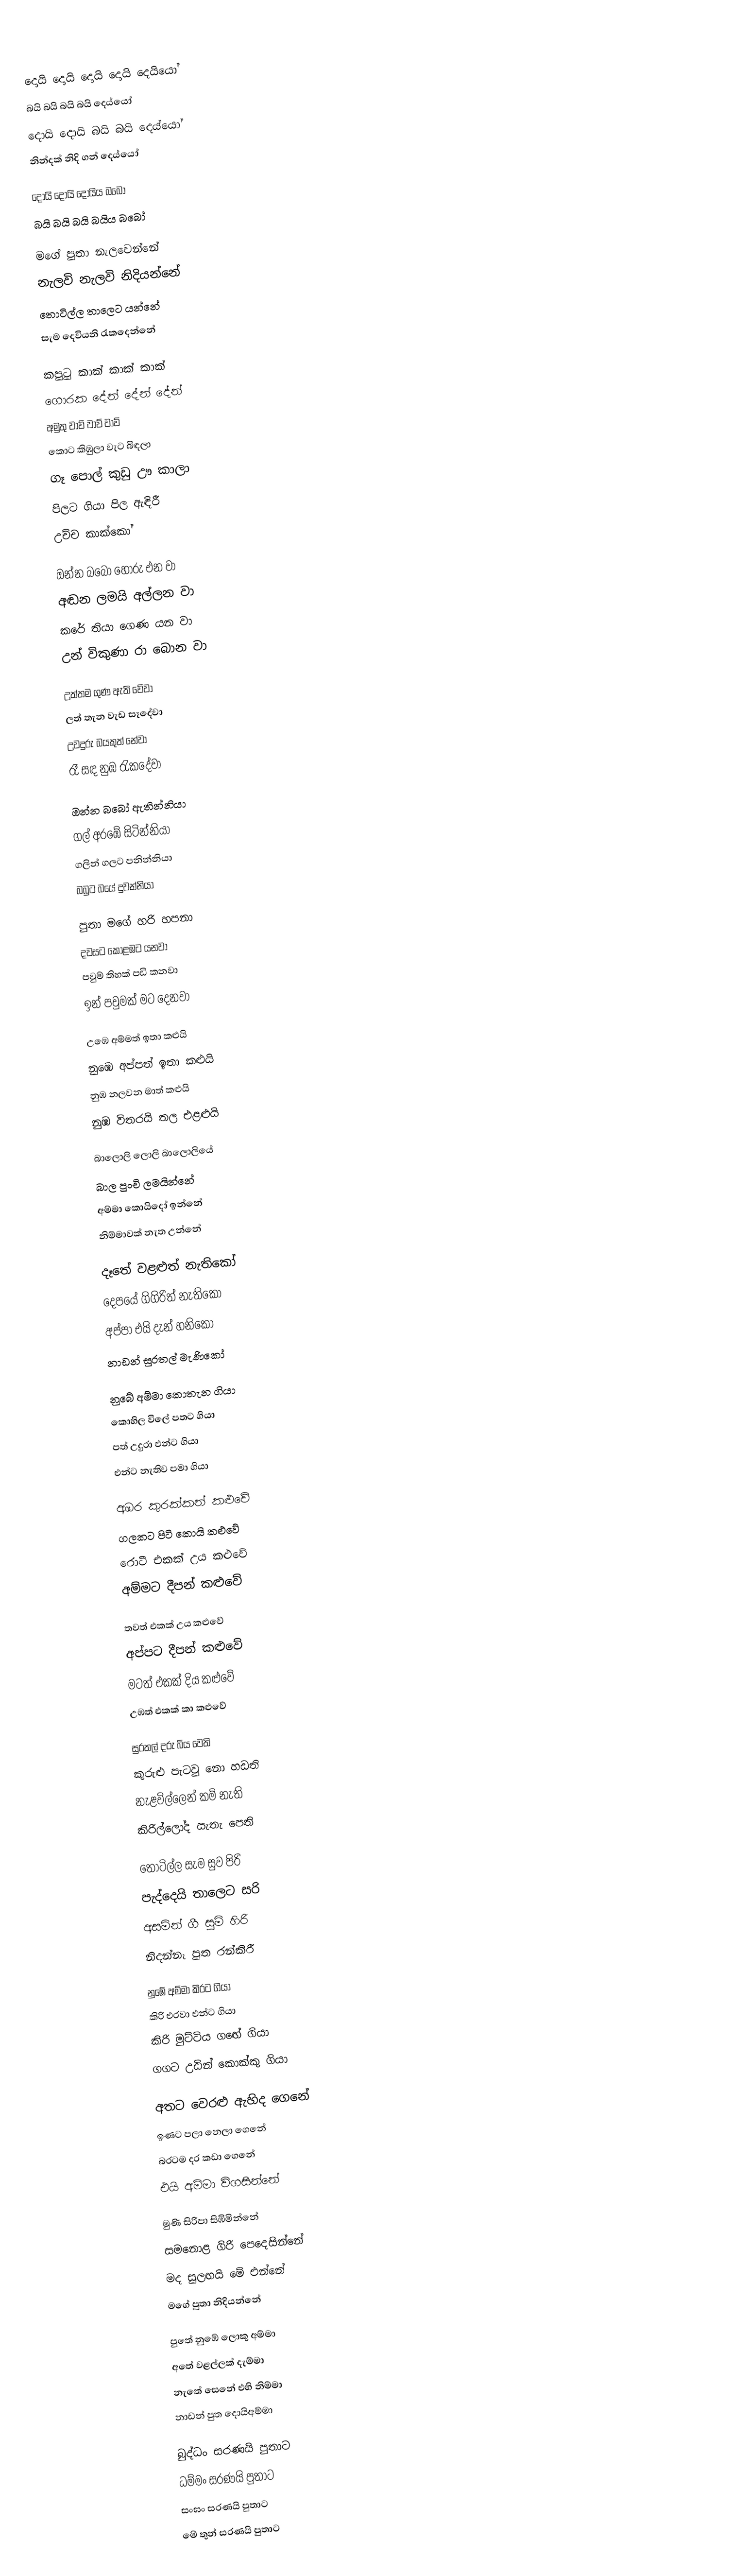
දොයි දොයි දොයි දොයි දෙයියෝ
බයි බයි බයි බයි දෙය්යෝ
දොයි දොයි බයි බයි දෙය්යෝ
නින්දක්‌ නිදි ගන් දෙය්යෝ

දොයි දොයි දොයිය බබෝ
බයි බයි බයි බයිය බබෝ

මගේ පුතා නැලවෙන්නේ
නැලවි නැලවි නිදියන්නේ
තොටිල්ල තාලෙට යන්නේ
සැම දෙවියනි රැකදෙන්නේ

කපුටු කාක් කාක් කාක්
ගොරක දේන් දේන් දේන්
අමුතු වාව් වාව් වාව්
කොට කිඹුලා වැට බිඳලා
ගෑ පොල් කුඩු ඌ කාලා
පිලට ගියා පිල ඇඳිරී
උච්ච කාක්කෝ

ඔන්න බබෝ හොරු එන     වා
අඬන ලමයි අල්ලන      වා
කරේ තියා ගෙණ යන     වා
උන්  විකුණා රා බොන   වා

උත්තම ගුණ ඇති වේවා
ලත් තැන වැඩ සෑදේවා
උවදුරු බයකුත් නේවා
රෑ සඳ නුඹ රැකදේවා

ඔන්න බබෝ ඇතින්නියා
ගල් අරඹේ සිටින්නියා
ගලින් ගලට පනින්නියා
බබුට බයේ දුවන්නියා

පුතා මගේ හරි හපනා
දවසට කොළඹට යනවා
පවුම් තිහක්‌ පඩි කනවා
ඉන් පවුමක්‌ මට දෙනවා

උඹෙ අම්මත් ඉතා කළුයි
නුඹෙ අප්පත් ඉතා කළුයි
නුඹ නලවන මාත් කළුයි
නුඹ විතරයි තල එළළුයි

බාලොලි ලොලි බාලොලියේ
බාල පුංචි ලමයින්නේ
අම්මා කොයිදෝ ඉන්නේ
නිම්මාවක් නැත උන්නේ

දෑතේ වළළුත්  නැතිකෝ
දෙපයේ ගිගිරිත්   නැතිකෝ
අප්පා එයි දැන්  හනිකෝ
නාඩන් සුරතල්   මැණිකෝ

නුබේ අම්මා කොතැන ගියා
කොහිල විලේ පතට ගියා
පත් උදුරා එන්ට  ගියා
එන්ට නැතිව පමා   ගියා

අඹර කුරක්කන් කළුවේ
ගලකට පිටි කොයි    කළුවේ
රොටී එකක් උය     කළුවේ
අම්මට දීපන් කළුවේ

තවත් එකක් උය    කළුවේ
අප්පට දීපන්        කළුවේ
මටත් එකක් දිය     කළුවේ
උඹත් එකක් කා     කළුවේ

සුරතල් දරු බිය වෙති
කුරුළු පැටවු නො    හඩති
නැළවිල්ලෙන් කම්    නැති
කිරිල්ලෝද සැතැ    පෙති

තොටිල්ල සැම සුව පිරි
පැද්දෙයි තාලෙට සරි
අසමින් ගී සුමි හිරි
නිදන්නෑ පුත රන්කිරී

නුඹේ අම්මා කිරට ගියා
කිරි එරවා එන්ට ගියා
කිරි මුට්ටිය ගඟේ ගියා
ගගට උඩින් කොක්කු ගියා

අතට වෙරළු ඇහිද ගෙනේ
ඉණට පලා නෙලා ගෙනේ
බරටම දර කඩා ගෙනේ
එයි අම්මා විගසින්නේ

මුණි සිරිපා සිඹිමින්නේ
සමනොළ ගිරි පෙදෙසින්නේ
මද සුලඟයි මේ එන්නේ
මගේ පුතා නිදියන්නේ

පුතේ නුඹේ ලොකු අම්මා
අතේ වළල්ලක් දැම්මා
නැතේ සෙනේ එහි නිම්මා
නාඩන් පුත දොයිඅම්මා

බුද්ධං සරණයි පුතාට
ධම්මං සරණයි පුතාට
සංඝං සරණයි පුතාට
මේ තුන් සරණයි පුතාට